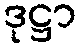
ဒုဋ္ဌာ